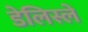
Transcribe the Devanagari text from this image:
डेलिस्ले